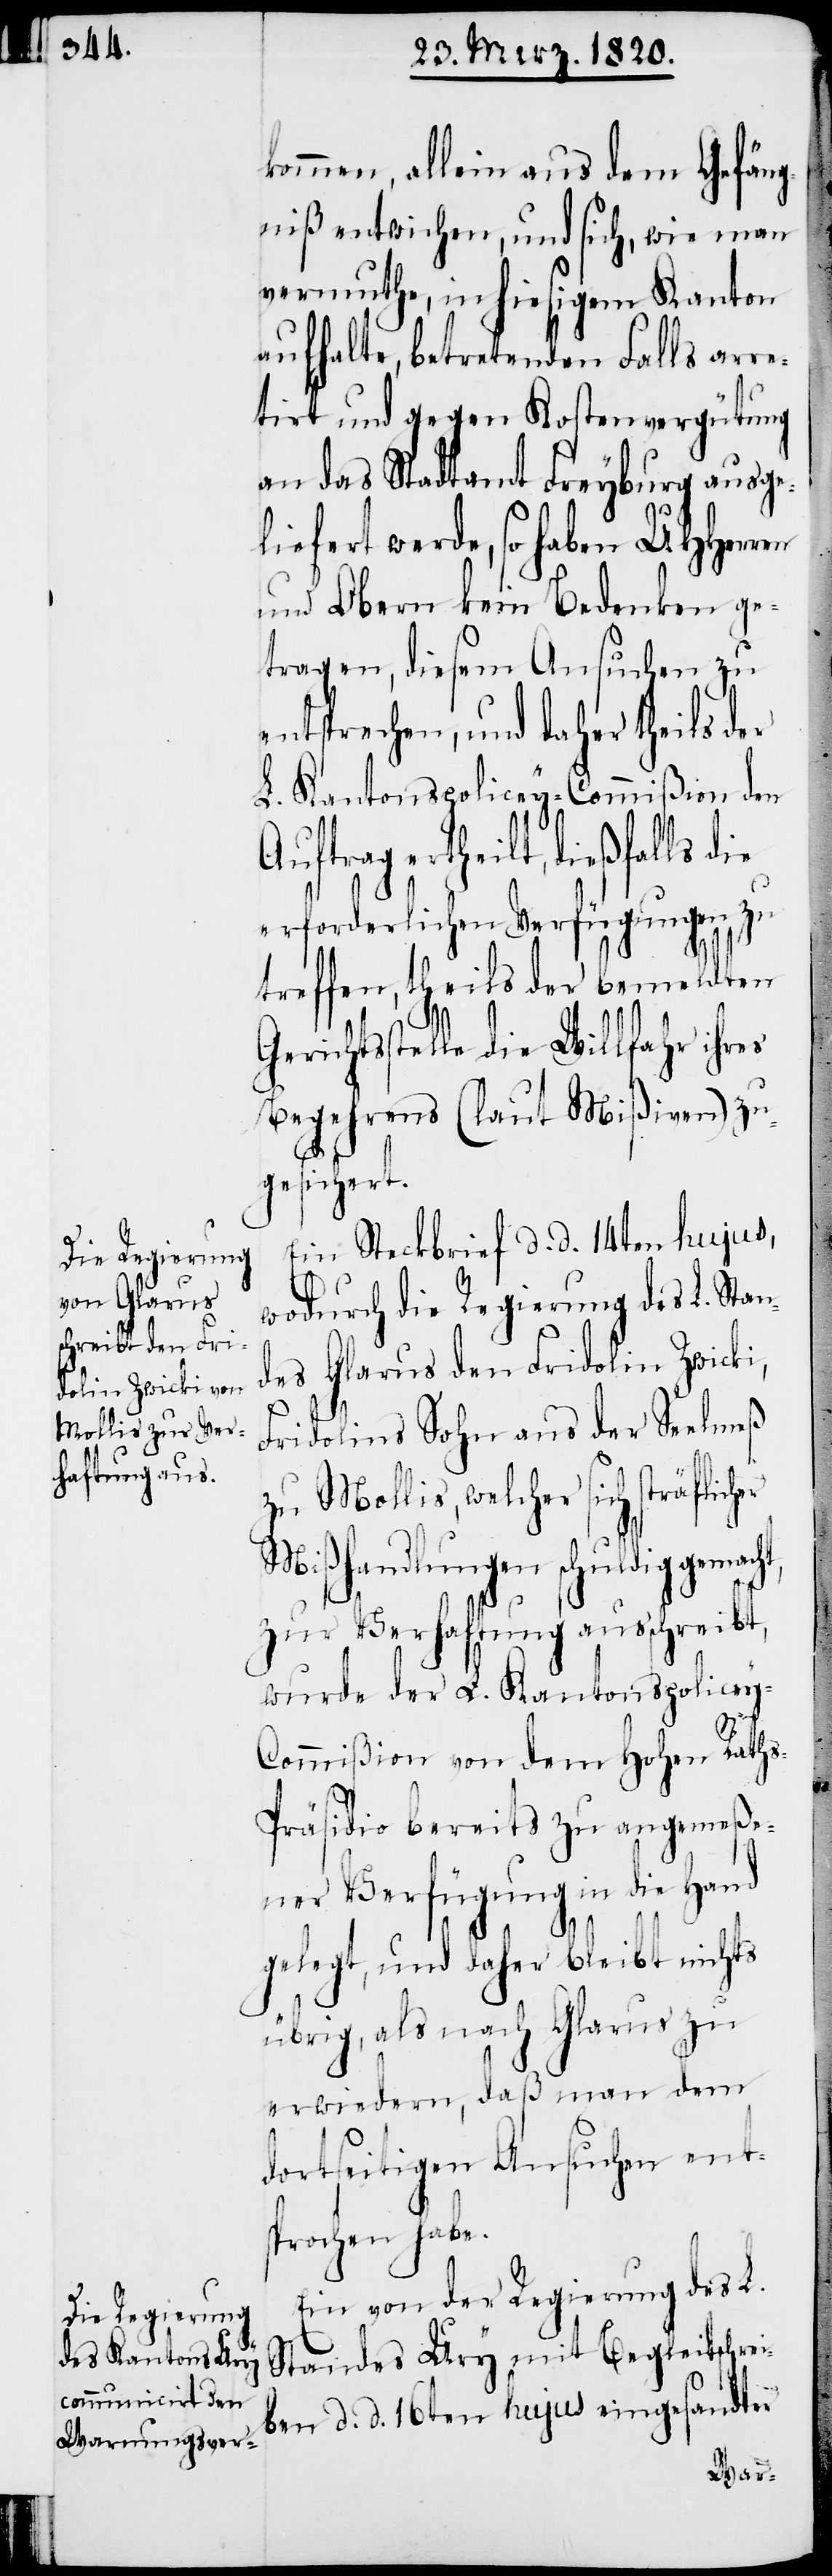
en

t,

kommen, allein aus dem Gefäng¬
niß entwichen, und sich, wie man
vermuthe, in hiesigem Kanton
aufhalte, betretenden Falls arre¬
tirt und gegen Kostenvergütung
an das Stadtamt Freyburg ausge¬
liefert werde, so haben UHHerr¬
und Obern kein Bedenken ge¬
tragen, diesem Ansuchen zu
entsprechen, und daher theils der
L. Kantonspolicey-Commißion den
Auftrag ertheilt, dießfalls
erforderlichen Verfügungen zu
treffen, theils der bemeldten
Gerichtsstelle die Willfahr ihres
Begehrens (laut Mißiven) zu¬
gesichert.
Ein Steckbrief d. d. 14ten hujus,
wodurch die Regierung des L. Stan¬
des Glarus den Fridolin Zwicki,
Fridolins Sohn aus der Seelmeß
zu Mollis, welcher sich sträflich¬
Mißhandlungen schuldig gemach¬
zur Verhaftung ausschreibt,
wurde der L. Kantonspolicey-C¬
ommißion von dem Hohen Rath¬
s-Präsidio bereits zu angemeße¬
ner Verfügung in die Hand
gelegt, und daher bleibt nichts
übrig, als nach Glarus zu
erwiedern, daß man dem
dortseitigen Ansuchen ent¬
sprochen habe.
Ein von der Regierung des L.
Standes Ury mit Begleitschrei¬
ben d. d. 16ten hujus eingesandter